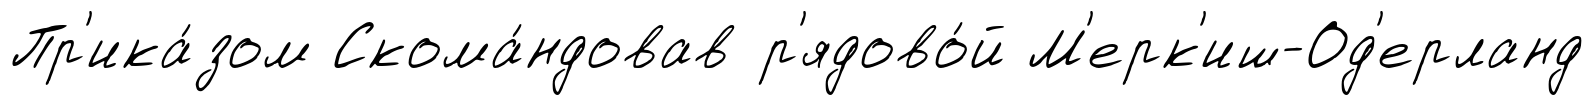
Пр'ика́зом Скома́ндовав р'ядово́й М'ерк'иш-Од'ерланд